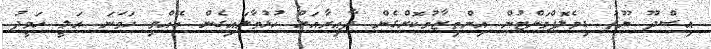
އިސްދޫ ޔޫތު ޑިވެލޮޕްމަންޓުން އިންތިޒާމުކޮށްގެން ދާއިރާއަށް ހުޅުވާލައިގެން ބޭއްވި ހަވަނަ އަލީ ހަމީދު